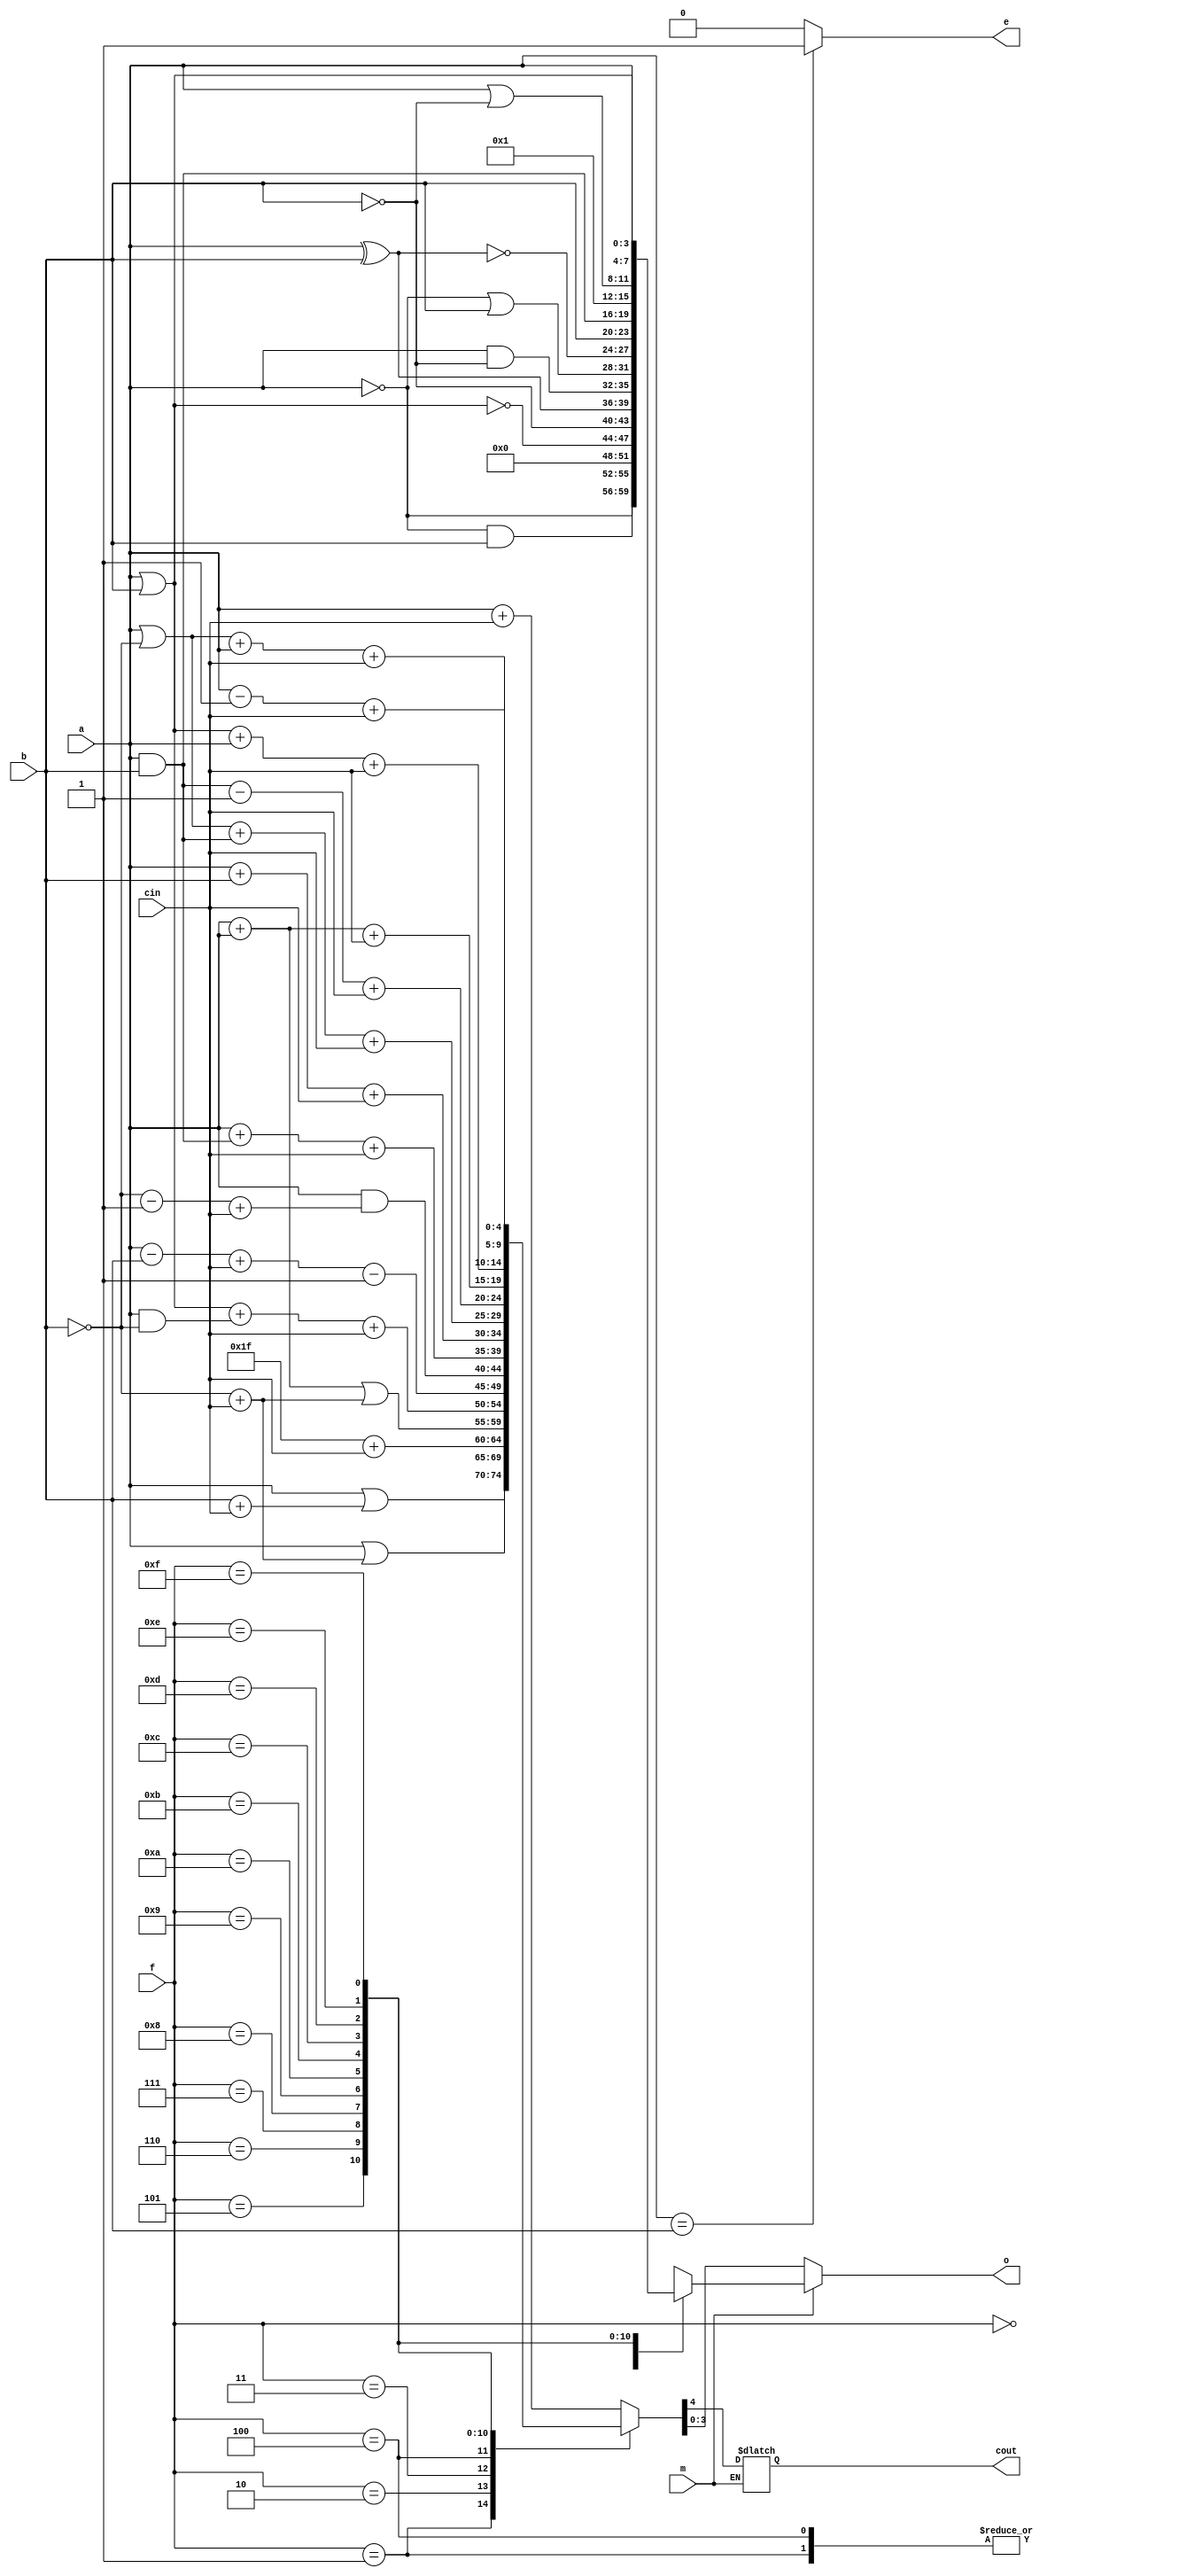
module alu(f, m, cin, a, b, o, cout, e);
input [3:0] f, a, b;
input m, cin;
output reg [3:0] o;
output reg cout, e;

always @(*) begin

  if(m == 1) begin
    case(f)
      0: o = ~ a;
      1: o = ~(a | b);
      2: o = ~a & b;
      3: o = 0;
      4: o = ~(a | b);
      5: o = ~b;
      6: o = a ^ b;
      7: o = a & ~b;
      8: o = ~a | b;
      9: o = ~(a ^ b);
      10: o = b;
      11: o = a & b;
      12: o = 1;
      13: o = a | ~b;
      14: o = a | b;
      15: o = a;
      default: o = 0;
    endcase
  end
  else
    case(f)
      0: {cout,o} = a + cin;
      1: {cout,o} = a | b + cin;
      2: {cout,o} = a | ~b + cin;
      3: {cout,o} = -1 + cin;
      4: {cout,o} = a + a | ~b + cin;
      5: {cout,o} = (a | b) + (a & ~b) + cin;
      6: {cout,o} = a - b + cin - 1;
      7: {cout,o} = a & ~b - 1 + cin;
      8: {cout,o} = a + (a & b) + cin;
      9: {cout,o} = a + b + cin;
      10: {cout,o} = (a | ~b) + (a & b) + cin;
      11: {cout,o} = (a & b) - 1 + cin;
      12: {cout,o} = a + a + cin;
      13: {cout,o} = (a | b) + a + cin;
      14: {cout,o} = (a | ~b) + a + cin;
      15: {cout,o} = a - 1 + cin;
      default: o = 0;
    endcase
  if( a == b) e = 1;
  else e = 0;
end
endmodule

module test_alu;
reg [3:0] f, a, b;
reg m, cin;
wire [3:0] o;
wire cout, e;
integer i;

alu my_alu(f, m, cin, a, b, o, cout, e);
initial begin

  a = 2; b = 3;
  m = 1;
  cin = 0;
  for(i = 0; i <= 15; i = i+1) begin
    f = i; #20;
  end
  m = 0;
  for(i = 0; i <= 15; i = i+1) begin
    f = i; #20;
  end

end

endmodule